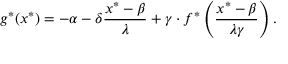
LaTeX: g ^ { * } ( x ^ { * } ) = - \alpha - \delta { \frac { x ^ { * } - \beta } { \lambda } } + \gamma \cdot f ^ { * } \left( { \frac { x ^ { * } - \beta } { \lambda \gamma } } \right) .